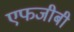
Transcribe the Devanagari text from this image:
एफजीबी